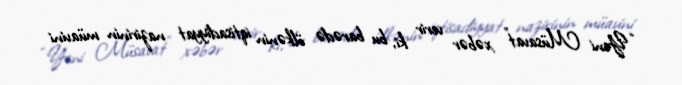
“Yeni Müsavat” xəbər verir ki, bu barədə ölkənin iqtisadiyyat nazirinin müavini